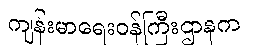
ကျန်းမာရေးဝန်ကြီးဌာနက